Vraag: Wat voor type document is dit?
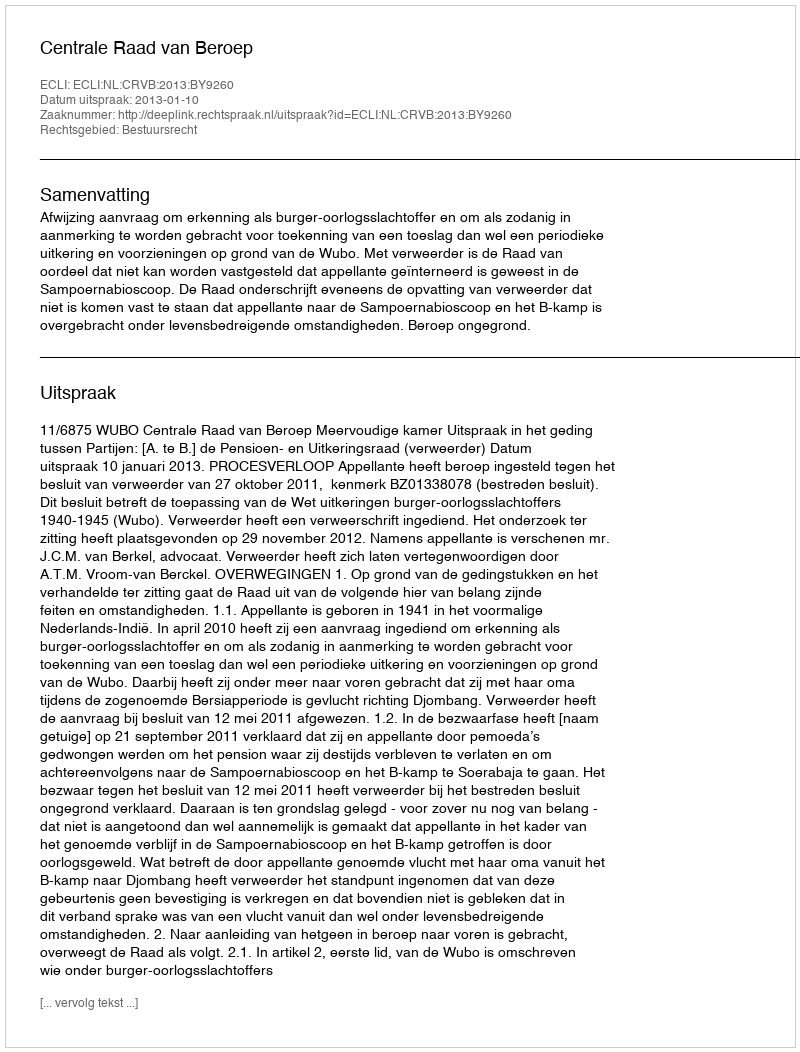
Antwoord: Uitspraak